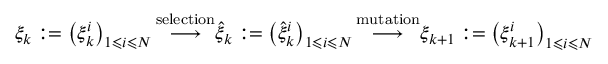
\xi _ { k } : = \left( \xi _ { k } ^ { i } \right) _ { 1 \leqslant i \leqslant N } { \stackrel { \mathrm { s e l e c t i o n } } { \longrightarrow } } { \widehat { \xi } } _ { k } : = \left( { \widehat { \xi } } _ { k } ^ { i } \right) _ { 1 \leqslant i \leqslant N } { \stackrel { \mathrm { m u t a t i o n } } { \longrightarrow } } \xi _ { k + 1 } : = \left( \xi _ { k + 1 } ^ { i } \right) _ { 1 \leqslant i \leqslant N }